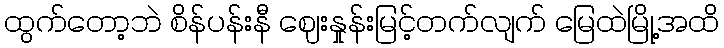
ထွက်တော့ဘဲ စိန်ပန်းနီ ဈေးနှုန်းမြင့်တက်လျက် မြေထဲမြို့အထိ